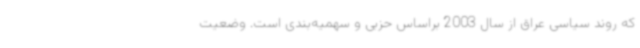
که روند سیاسی عراق از سال 2003 براساس حزبی و سهمیه‌بندی است. وضعیت